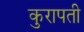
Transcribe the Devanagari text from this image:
कुरापती